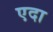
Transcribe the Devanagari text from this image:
एदा